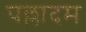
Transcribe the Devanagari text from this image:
पल्लादम